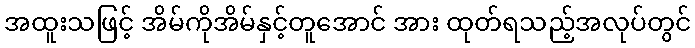
အထူးသဖြင့် အိမ်ကိုအိမ်နှင့်တူအောင် အား ထုတ်ရသည့်အလုပ်တွင်